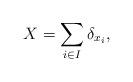
LaTeX: \begin{align*}X = \sum_{i \in I} \delta_{x_i},\end{align*}